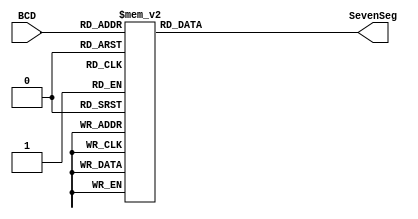
`timescale 1ns / 1ps
// Module Name:    BCD2SevenSeg 
// Description: Converts a hex digit to a seven segment display code.
//					 Uses negative logic for the seven segment display code.
//					 File should be more properly named hex2SevenSeg because
//					 digits expand 0-F.
module BCD2SevenSeg(
    input [3:0] BCD,
    output reg [7:0] SevenSeg
    );
always @*
	case(BCD)
		4'b0000 ://0
			SevenSeg = 8'b00000011;
		4'b0001 ://1
			SevenSeg = 8'b10011111;
		4'b0010 ://2
			SevenSeg = 8'b00100101;
		4'b0011 ://3
			SevenSeg = 8'b00001101;			
		4'b0100 ://4
			SevenSeg = 8'b10011001;
		4'b0101 ://5
			SevenSeg = 8'b01001001;
		4'b0110 ://6
			SevenSeg = 8'b01000001;
		4'b0111 ://7
			SevenSeg = 8'b00011111;
		4'b1000 ://8
			SevenSeg = 8'b00000001;
		4'b1001 ://9
			SevenSeg = 8'b00001001;
		4'b1010 ://A
			SevenSeg = 8'b00010001;
		4'b1011 ://b
			SevenSeg = 8'b11000001;			
		4'b1100 ://C
			SevenSeg = 8'b01100011;
		4'b1101 ://d
			SevenSeg = 8'b10000011;
		4'b1110 ://-
			SevenSeg = 8'b11111101;
		4'b1111 ://F
			SevenSeg = 8'b01110001;			
	endcase

endmodule